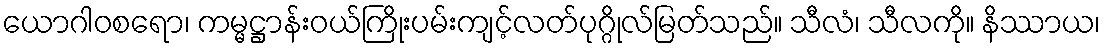
ယောဂါဝစရော၊ ကမ္မဋ္ဌာန်းဝယ်ကြိုးပမ်းကျင့်လတ်ပုဂ္ဂိုလ်မြတ်သည်။ သီလံ၊ သီလကို။ နိဿာယ၊